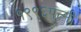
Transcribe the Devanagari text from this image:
१९९६पत्त्नी